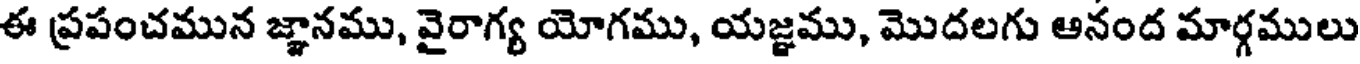
ఈ ప్రపంచమున జ్ఞానము, వైరాగ్య యోగము, యజ్ఞము, మొదలగు ఆనంద మార్గములు